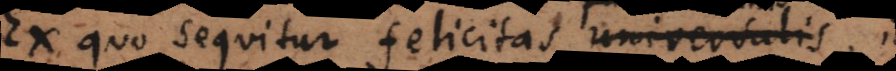
Ex quo sequitur felicitas universalis, id